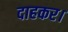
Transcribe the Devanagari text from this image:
दाहकर।